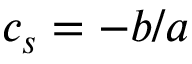
c _ { s } = - b / a